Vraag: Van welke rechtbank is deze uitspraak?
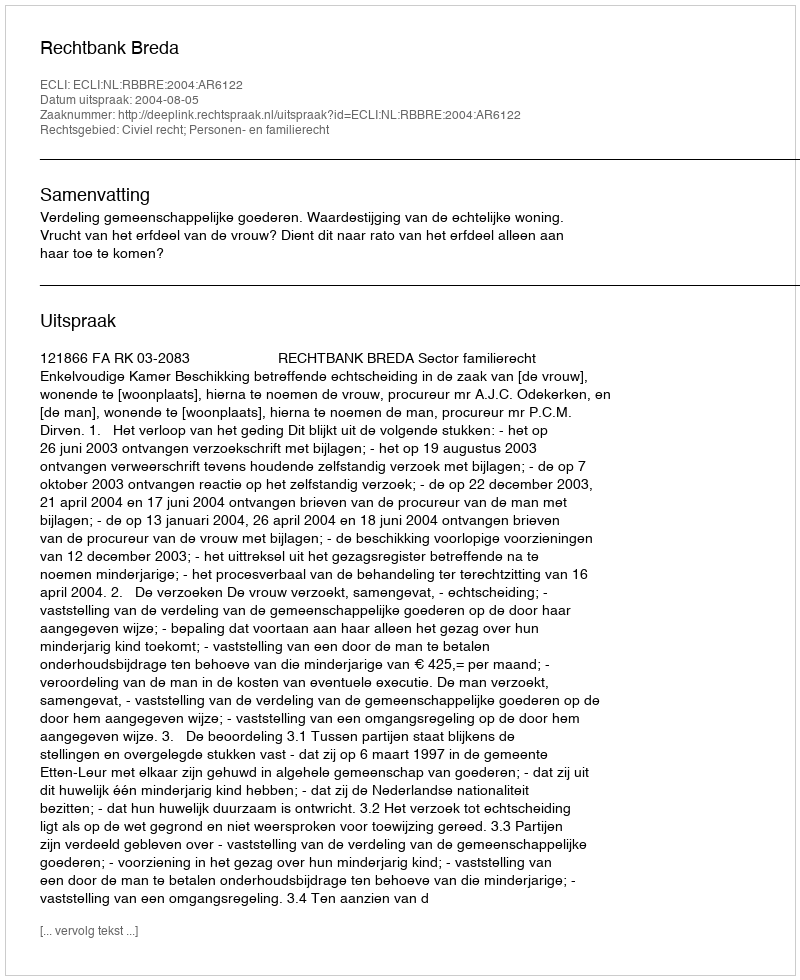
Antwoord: Rechtbank Breda